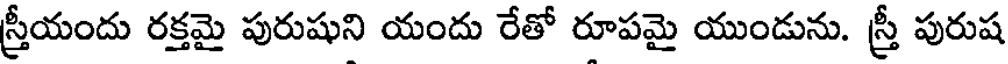
స్త్రీయందు రక్తమై పురుషుని యందు రేతో రూపమై యుండును. స్త్రీ పురుష